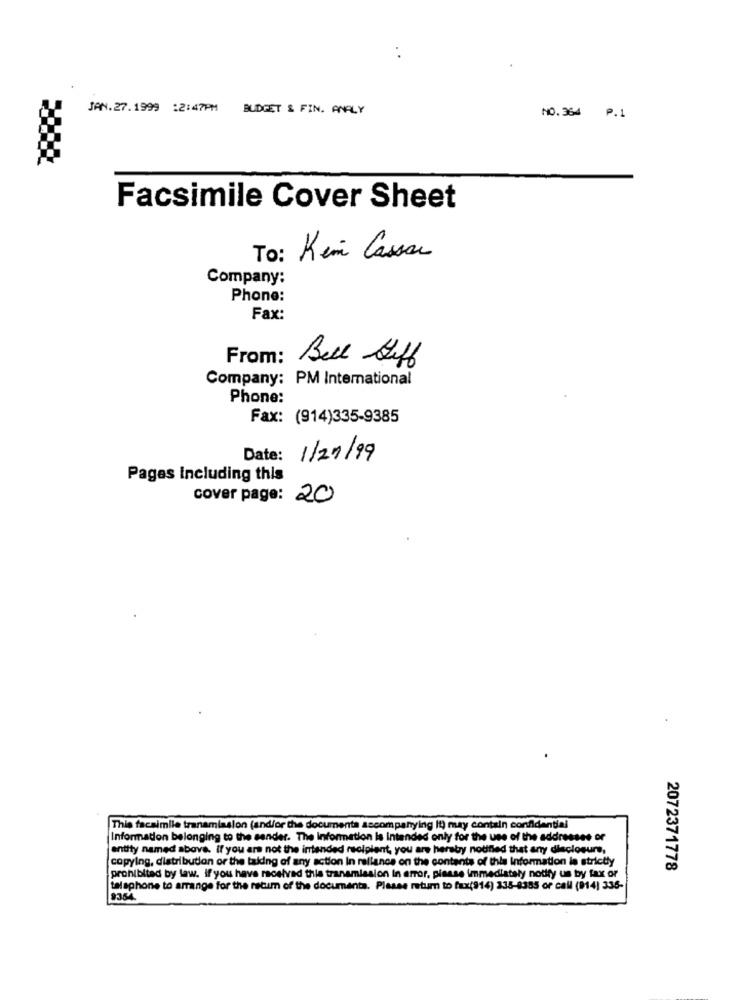
JAN. 27.1999 :2:47PM BUDGET & FIN. ANALY
NO. 364 P.1
Facsimile Cover Sheet
To: Kein Cassa
Company:
Phone:
Fax:
From:
Bell Steff
Company: PM International
Phone:
Fax: (914)335-9385
Date:
1/21/99
Pagas Including this
cover page: 20
This facsimile transmission (and/or the documents accompanying it) may contain confidential
Information belonging to the sender. The Information Is intended only for the use of the addresses or
entity named above. If you are not the intended recipient, you are hereby notified that any disclosure,
copying, distribution or the taking of any action in reliance on the contents of this Information le strictly
2072371778
prohibited by law. if you have received this transmission in error, please immediately notify us by fax or
telephone to arrange for the retum of the documenta. Please retum to fax(914) 335-8385 or call (014) 336-
9354.